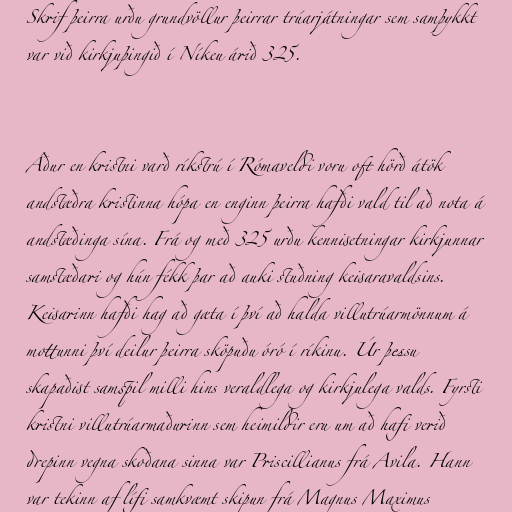
Skrif þeirra urðu grundvöllur þeirrar trúarjátningar sem samþykkt
var við kirkjuþingið í Níkeu árið 325.

Áður en kristni varð ríkstrú í Rómaveldi voru oft hörð átök
andstæðra kristinna hópa en enginn þeirra hafði vald til að nota á
andstæðinga sína. Frá og með 325 urðu kennisetningar kirkjunnar
samstæðari og hún fékk þar að auki stuðning keisaravaldsins.
Keisarinn hafði hag að gæta í því að halda villutrúarmönnum á
mottunni því deilur þeirra sköpuðu óró í ríkinu. Úr þessu
skapaðist samspil milli hins veraldlega og kirkjulega valds. Fyrsti
kristni villutrúarmaðurinn sem heimildir eru um að hafi verið
drepinn vegna skoðana sinna var Priscillianus frá Avila. Hann
var tekinn af lífi samkvæmt skipun frá Magnus Maximus